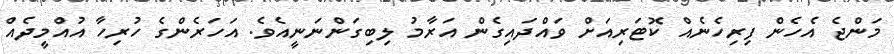
މަންޖެ އެހެން ފިރިހެނެއް ކޮޓަރިއަށް ވައްދައިގެން އަރާމު ލިބިގަންނަނީއެވެ. އަހަރެންގެ ހުރިހާ އުއްމީދެއް